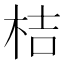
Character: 桔